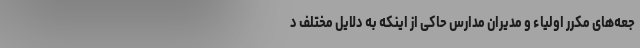
جعه‌های مکرر اولیاء و مدیران مدارس حاکی از اینکه به دلایل مختلف د